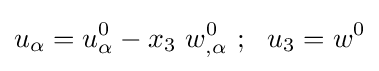
u_{\alpha }=u_{\alpha }^{0}-x_{3}~w_{,\alpha }^{0}~;~~u_{3}=w^{0}